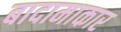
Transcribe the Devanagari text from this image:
बादामाकार